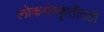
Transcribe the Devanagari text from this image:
लोकसंस्कृतीतही